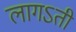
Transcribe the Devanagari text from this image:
लागऽती